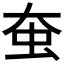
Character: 𧈹